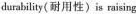
durability(耐用性)is raising